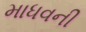
માધવની